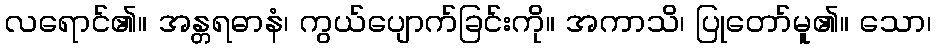
လရောင်၏။ အန္တရဓာနံ၊ ကွယ်ပျောက်ခြင်းကို။ အကာသိ၊ ပြုတော်မူ၏။ သော၊